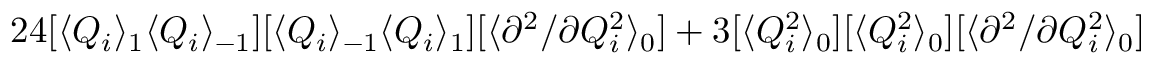
2 4 [ \langle Q _ { i } \rangle _ { 1 } \langle Q _ { i } \rangle _ { - 1 } ] [ \langle Q _ { i } \rangle _ { - 1 } \langle Q _ { i } \rangle _ { 1 } ] [ \langle { \partial ^ { 2 } } / { \partial Q _ { i } ^ { 2 } } \rangle _ { 0 } ] + 3 [ \langle Q _ { i } ^ { 2 } \rangle _ { 0 } ] [ \langle Q _ { i } ^ { 2 } \rangle _ { 0 } ] [ \langle { \partial ^ { 2 } } / { \partial Q _ { i } ^ { 2 } } \rangle _ { 0 } ]